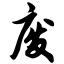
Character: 废